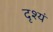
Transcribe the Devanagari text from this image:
दृश्यं